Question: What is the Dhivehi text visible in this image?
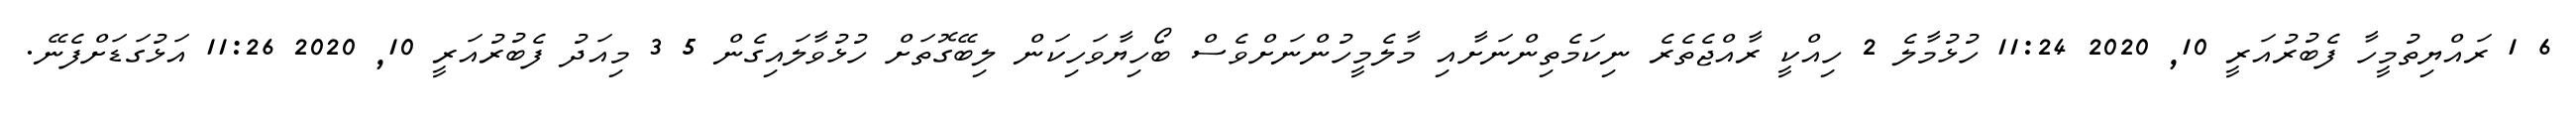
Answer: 6 1 ރައްޔިތުމީހާ ފެބުރުއަރީ 10, 2020 11:24 ހުޅުމާލެ 2 ހިއްކީ ރާއްޖެތެރެ ނިކަމެތިންނަށާއި މާލެމީހުންނަށްވެސް ބޯހިޔާވަހިކަން ލިބޭގޮތަށް ހުޅުވާލައިގެން 5 3 މިއަދު ފެބުރުއަރީ 10, 2020 11:26 އަޅުގަޑަށްފެނޭ.